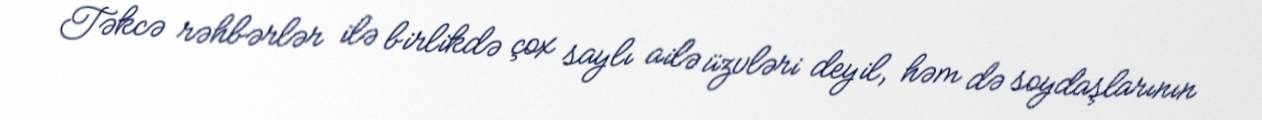
Təkcə rəhbərlər ilə birlikdə çox saylı ailə üzvləri deyil, həm də soydaşlarının